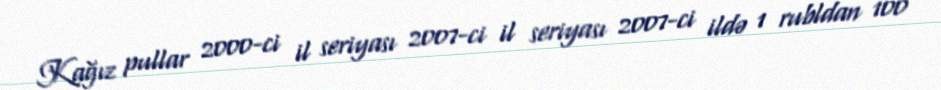
Kağız pullar 2000-ci il seriyası 2007-ci il seriyası 2007-ci ildə 1 rubldan 100